Bréfritari: Sigríður Pálsdóttir
Viðtakandi: Páll Pálsson
Dagsetning: A-1855-01-25
Skrifað á: Hraungerði  Árn.
Páll var bróðir Sigríðar

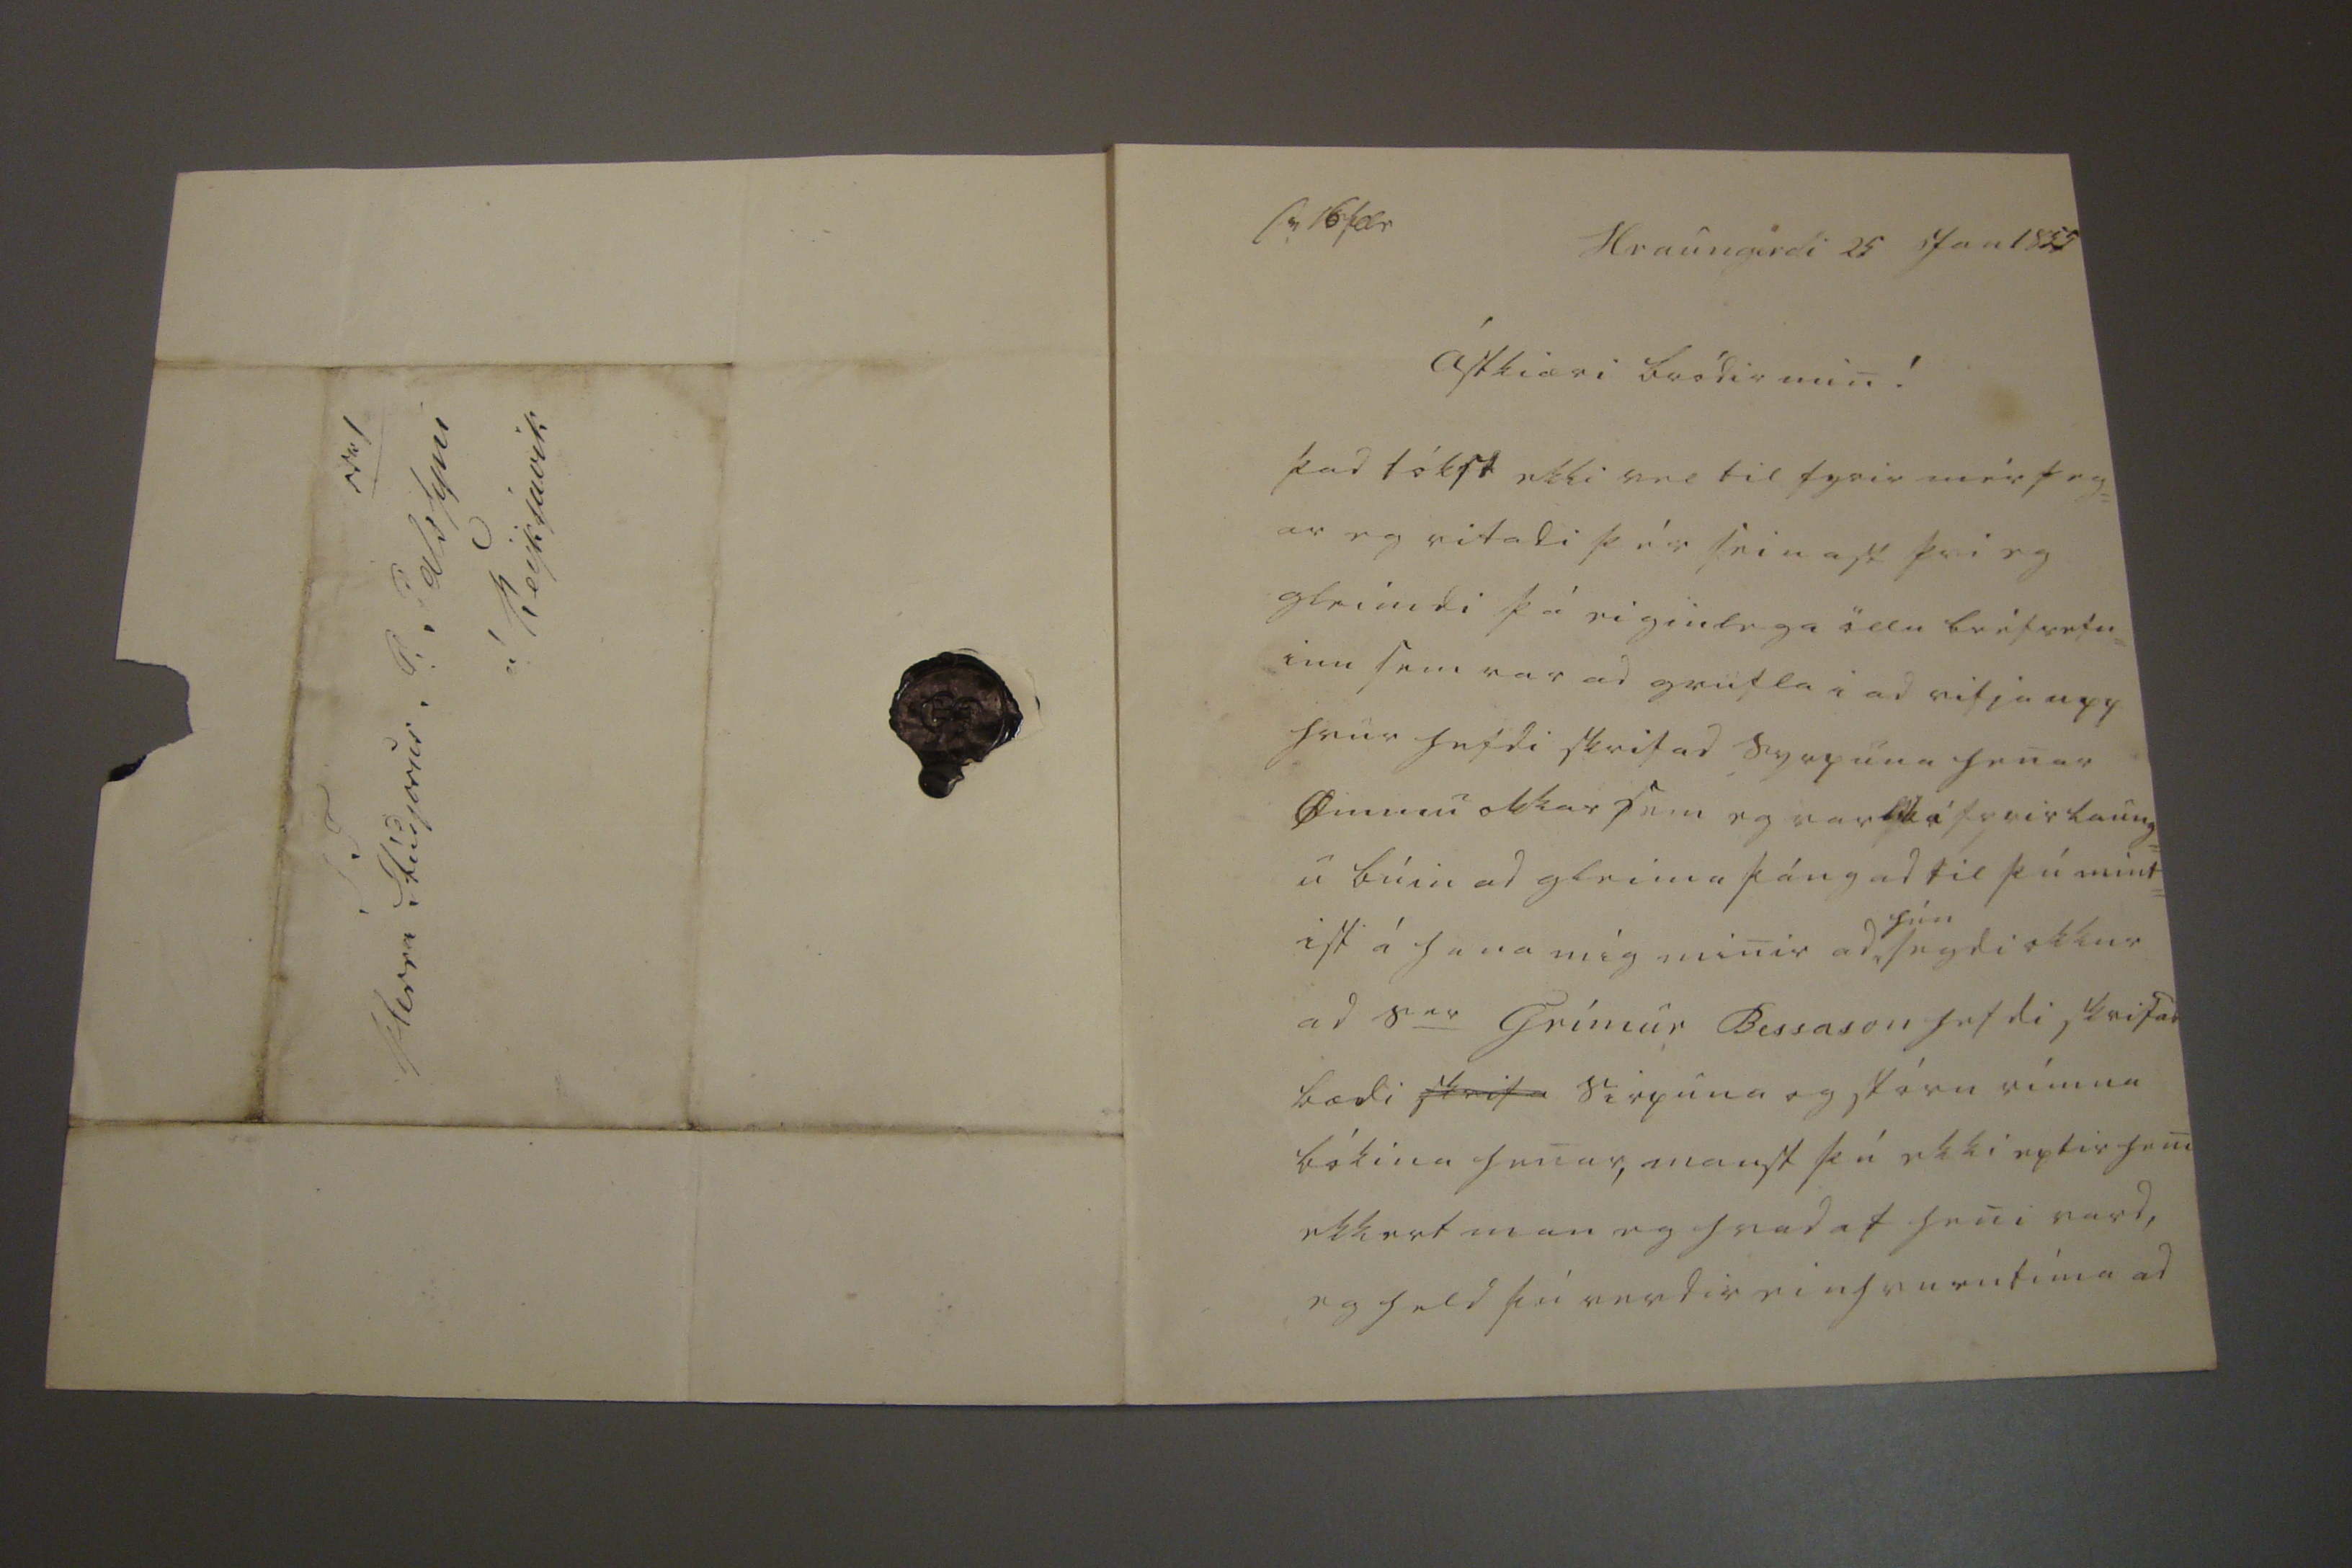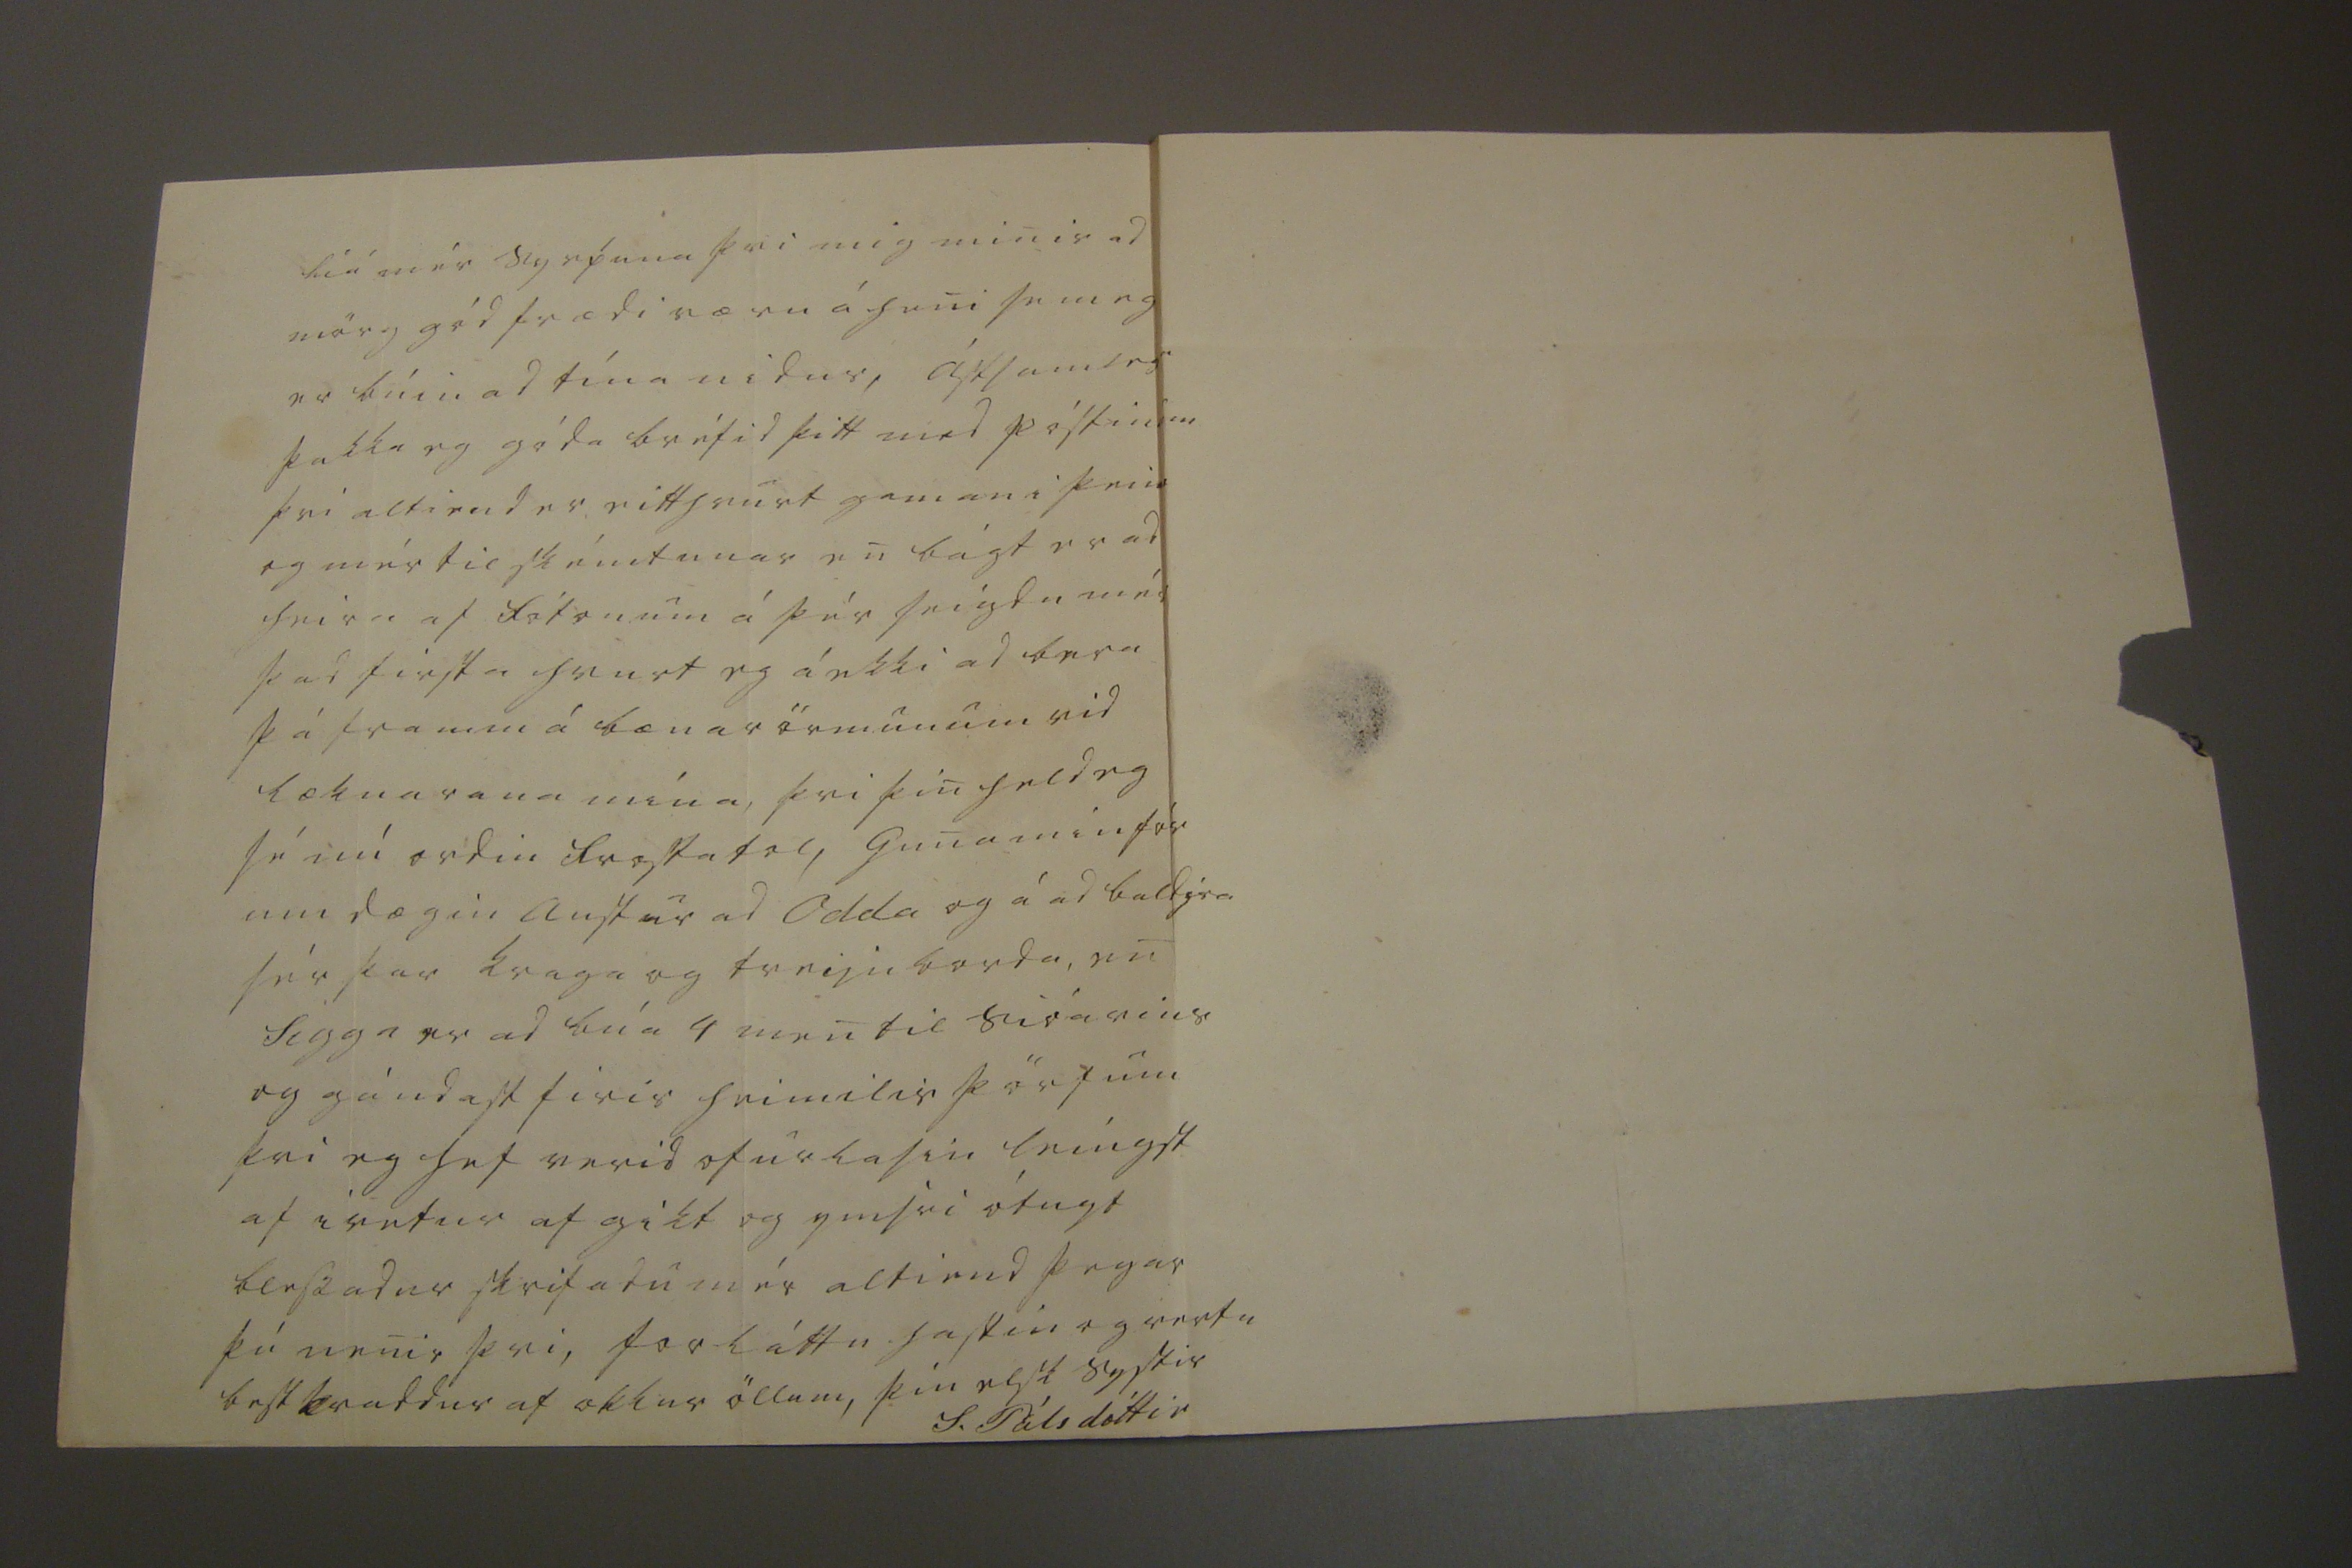

sv 16 febr
Hraungerdi 25 Jan 1855
ástkiæri bródir min !
þad tókst ekki vel til fyrir mér þeg= ar eg ritadi þér seinast þvi eg gleimdi þá eiginlega öllu bréfsefn= inu sem var ad grufla i ad rifja upp hvur hefdi skrifad syrpuna henar Ömmu okkar sem eg var lika fyrir laung= u búin ad gleima þángad til þú mint= ist á hana mig minir ad
hún
segdi okkur ad S
er
Grímur Bessason hefdi skrifad bædi
skrifa
sirpuna og stóru rímna bókina henar, manst þú ekki eptir heni ekkert man eg hvad af heni vard, eg held þú verdir einhvurntíma ad
liá mér syrpuna þvi mig minir ad mörg gód frædi væru á heni sem eg er búin ad tína nidur, ástsamlega þakka eg góda bréfid þitt med póstinum þvi altiend er eitthvurt gaman i þeim og mér til skémntunar en bágt er ad heira af fótonum á þér seigdu mér þad firsta hvurt eg á ekki ad bera þá framm á bænarörmunum vid læknarana mína, þvi þin held eg sé nú ordin frostatol, Guna min fór um dægin austur ad Odda og á ad
baldjra
sér þar kraga og treiju borda, en Sigga er ad búa 4 men til sióarins og gándast firir heimilis þörfum þvi eg hef verid ofurlasin leíngst af i vetur af gikt og ymsri ótugt blessadur skrifadu mér altiend þegar þú nenir þvi, forláttu hastin og vertu best kvaddur af okkur öllum, þín elsk systir
S. Pálsdóttir
Nr 1 S T Herra Stúdjosus P: Palssyni á Reijkjavik